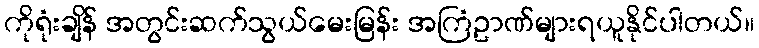
ကိုရုံးချိန် အတွင်းဆက်သွယ်မေးမြန်း အကြံဥာဏ်များရယူနိုင်ပါတယ်။